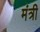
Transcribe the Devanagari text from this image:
मंत्री